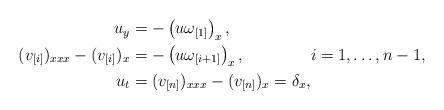
LaTeX: \begin{align*}\begin{aligned}u_y&=-\left(u\omega_{[1]}\right)_x,\\(v_{[i]})_{xxx}-(v_{[i]})_x&=-\left(u\omega_{[i+1]}\right)_x, \\u_t&=(v_{[n]})_{xxx}-(v_{[n]})_x=\delta_x,\end{aligned}i=1,\dots, n-1,\end{align*}